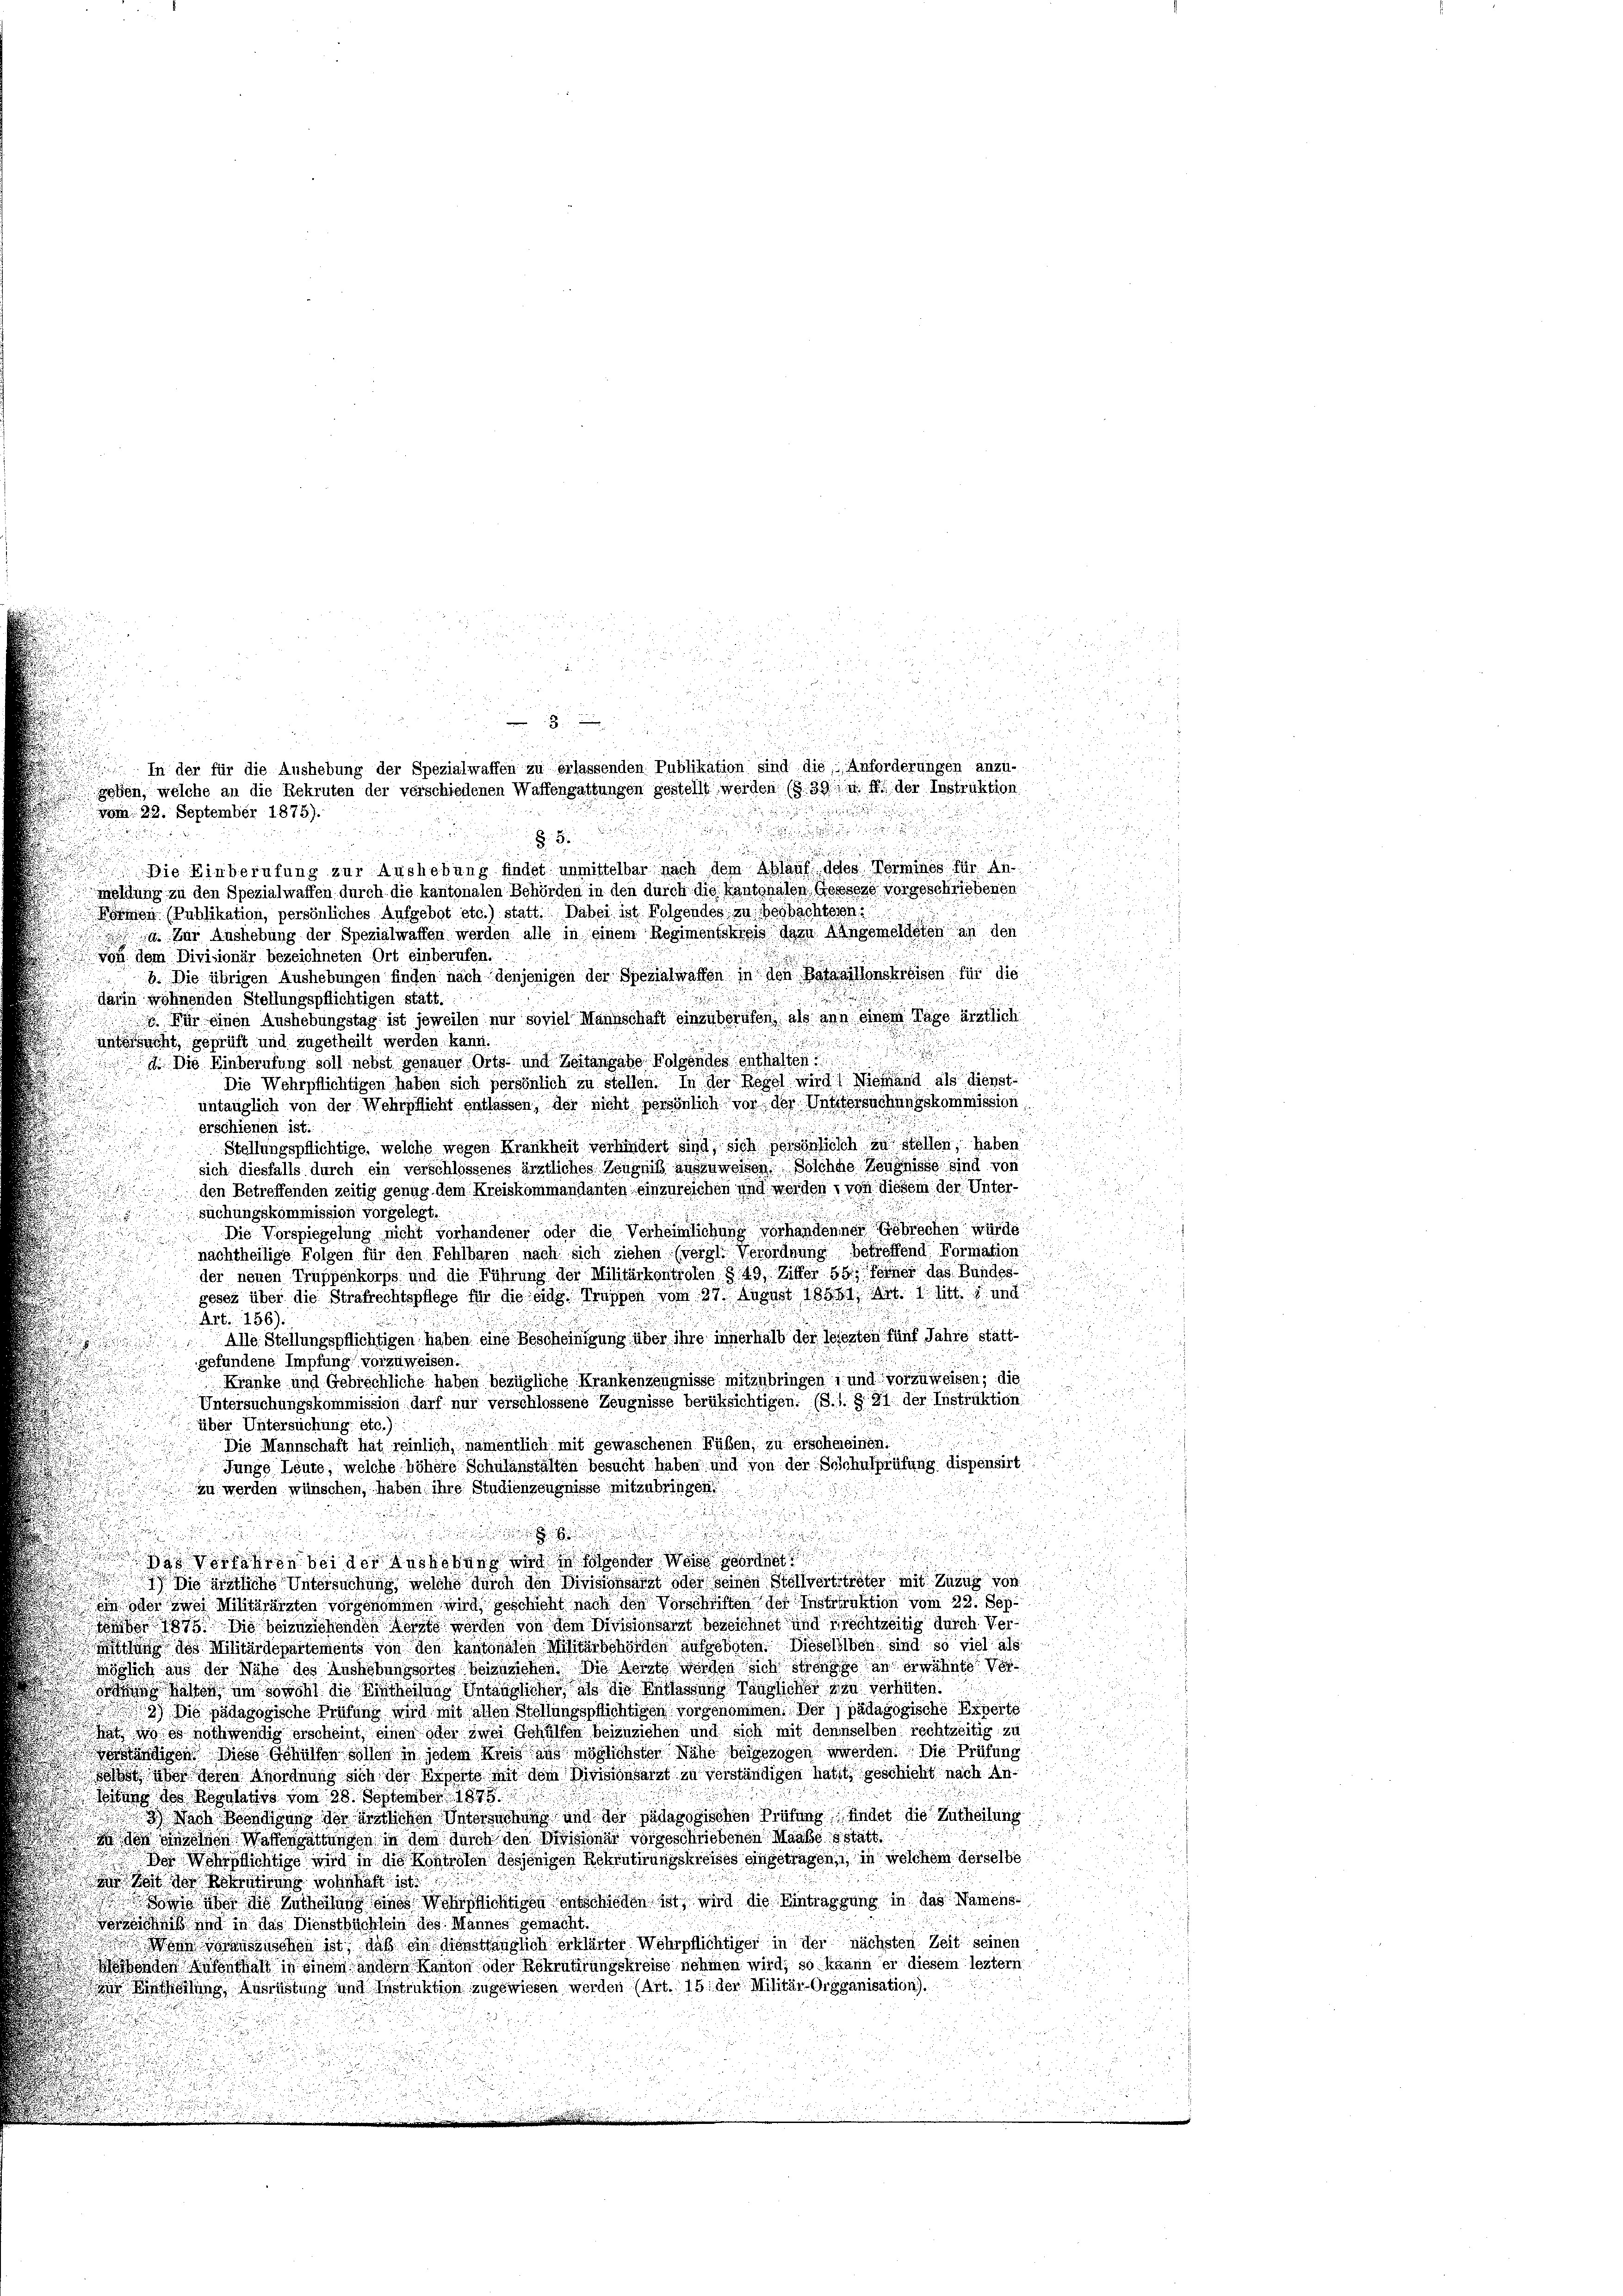
8
Die Einberufung zur Aushebung findet unmittelbar nach dem laut des Vermines für d
Meldung zu den Spezialwaffen durch die kantonalen Behörden in den durch die Kantonalen Gessers vorgeschriebenen
n
Bomon Publikation, persönliches Aufgebot etc.) statt. Dabei ist Folgendes zu bespachtesn
as zur Aushebung der Spezialwaffen werden alle in einem Regimentskreis dazu Angemeldeten an den
von dem Divisionär bezeichneten Ort einberufen.
.
b. Die übrigen Aushebungen finden nach denjenigen der Spezialwassen in den Bataillonskreisen für die
darin wohnenden Stellungspflichtigen statt.
 Für einen Aushebungstag ist jeweilen nur soviel Mannschaft einzuberufen, als an einem Tage ärztlich
unterrecht, geprüft und zugetheilt werden kann.
a

d. Die Einberufung soll nebst genauer Orts- und Zeitangabe Folgendes enthalten
Die Wehrpflichtigen haben sich persönlich zu stellen. In der Regel wird! Niehand als dienst-

untauglich von der Wehrpflicht entlassen, der nicht persönlich vor der Untersuchungskommission
erschienen ist.
Stellungspflichtige, welche wegen Krankheit verhindert sind sich persönlich zu stellen, haben
.
sich diesfalls durch ein verschlossenes ärztliches Zeugniß auszuweisen. Solche Zeugnisse sind von

den Betreffenden zeitig genug dem Kreiskommandanten einzureichen und werden, von diesem der Unter¬

suchungskommission vorgelegt.
Die Vorspiegelung nicht vorhandener oder die Verheimlichung vorhandener Gebrechen w
nachtheilige Folgen für den Fehlbaren nach sich ziehen (vergl. Verordnung betreffend Formation
der neuen Truppenkorps und die Führung der Militärkontrolen § 49, Ziffer 99, ferner das Bundes

.
gesez über die Strafrechtspflege für die eide Suppen vom 27. August 18561 Art. 2 litt und
n
Art. 156).
Alle Stellungspflichtigen haben eine Bescheinigung über ihre innerhalb der lesezten fünf Jahre stattgefundene Impfung vorzuweisen.

Kranke und Gebrechliche haben bezügliche Krankenzeugnisse mitzubringen, und vorzuweisen, die

Untersuchungskommission darf nur verschlossene Zeugnisse berüksichtigen. (S.1. § 81 der Instruktion
über Untersuchung etc.)

Die Mannschaft hat reinlich, namentlich mit gewaschenen Füßen, zu erscheieinen.

Junge Leute, welche höhere Schulanstalten besucht haben, und von der Schulprüfung dispensirt

zu werden wünschen, haben ihre Studienzeugnisse mitzubringen.

r

.
n
93 Vorfahren bei der Nachbars und in sonder Was sordnet
1) Die ärztliche Untersuchung, welche durch den Divisionsarzt oder seinen Stellvertrtreter mit Zuzug von
in der zwei Militärärzten vorgenommen wird, geschicht nach den Vorschriften des Instruktion vom 22. Sep
nden 1875. Die beizuziehenden Wert worden von dem Vorsionsarzt bezeichnet und Frechtzeitig durch Ver¬
Mitung des Militärdepartements von den Kantonaten Militärbehörden aufgeboten. Dieselben sind so viel als
Möglich aus der Nähe des Aushebenssoltes beinziehen Die Seite werden sich strenge an erwähnte Vers hätten um sowohl die Lintheilung Untaussicher als die Besassung Paulicher zu verhüten.
39) Die pädagogische Prüfung wird mit allen Stellungsprichtigen vorgenommen. Der pädagogische Experte
  nothwendig erscheint, einen oder zwei Gehülfen beizuziehen und sich mit demselben rechtzeitig zu
dständigen. Diese Gehülfen sollen in jeder Kreis aus möglichster Nähe beigezogen werden. Die Prüfung
 über deren Anordnung sich der Reperte mit dem Divisionsarzt zu verständigen hatt, geschicht nach An¬
Mitung des Regulativs vom 28. September 1895
3) Nach Beendigung der ärztlichen Intersuchung und der pädagogischen Prüfung findet die Zutheilung
dos einzelnen Waffengattungen in dem durch den Divisionar vorgeschriebenen Maaße statt
Bor Wehrlichtige wird in die Kontrolen desjenigen Rekrutirungskreises eingetragen, in welchem derselbe
dheit der Rekrutirung wohnhaft ist d
 on aber die Zutheilung eines Wohl Richtigen entschieden ist, wird die Eintragung in das Namensiß und in das Dienstbüchlein des Mannes gemacht.
 Wenn vorauszuschen ist, daß ein dienstlänglich erklärter Wehrpflichtiger in der nächsten Zeit seinen
onder Menthalt in einem andern Kanton oder Rekrutirungskreise nehmen wird, so kann er diesem leztem
ir Eintheilung Ausrüstung und Instruktion zugewiesen werden (Art. 15. der Militär-Organisation).

u
3
In der für die Aushebung der Spezialwaffen zu erlassenden Publikation sind die Anforderungen anzu-
geben, welche an die Rekruten der verschiedenen Waffengattungen gestellt werden (§ 39 u. f. der Instruktion

vom 22. September 1875).
d

n